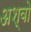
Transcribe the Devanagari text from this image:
अश्वो